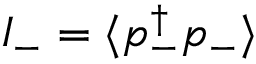
I _ { - } = \langle p _ { - } ^ { \dagger } p _ { - } \rangle